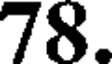
78.